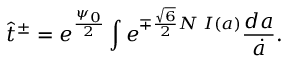
\hat { t } ^ { \pm } = e ^ { \frac { \psi _ { 0 } } { 2 } } \int e ^ { \mp \frac { \sqrt { 6 } } { 2 } N \; I ( a ) } \frac { d a } { \dot { a } } .